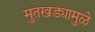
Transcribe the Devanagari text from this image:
मुतखड्यामुळे